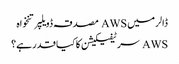
ڈالر میں AWS مصدقہ ڈویلپر تنخواہ
AWS سرٹیفیکیشن کا کیا قدر ہے؟